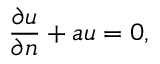
{ \frac { \partial u } { \partial n } } + a u = 0 ,